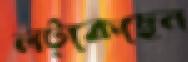
লট্‌কেছেন